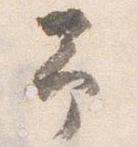
予